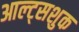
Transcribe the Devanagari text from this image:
आल्ट्सशुक